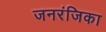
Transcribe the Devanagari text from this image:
जनरंजिका